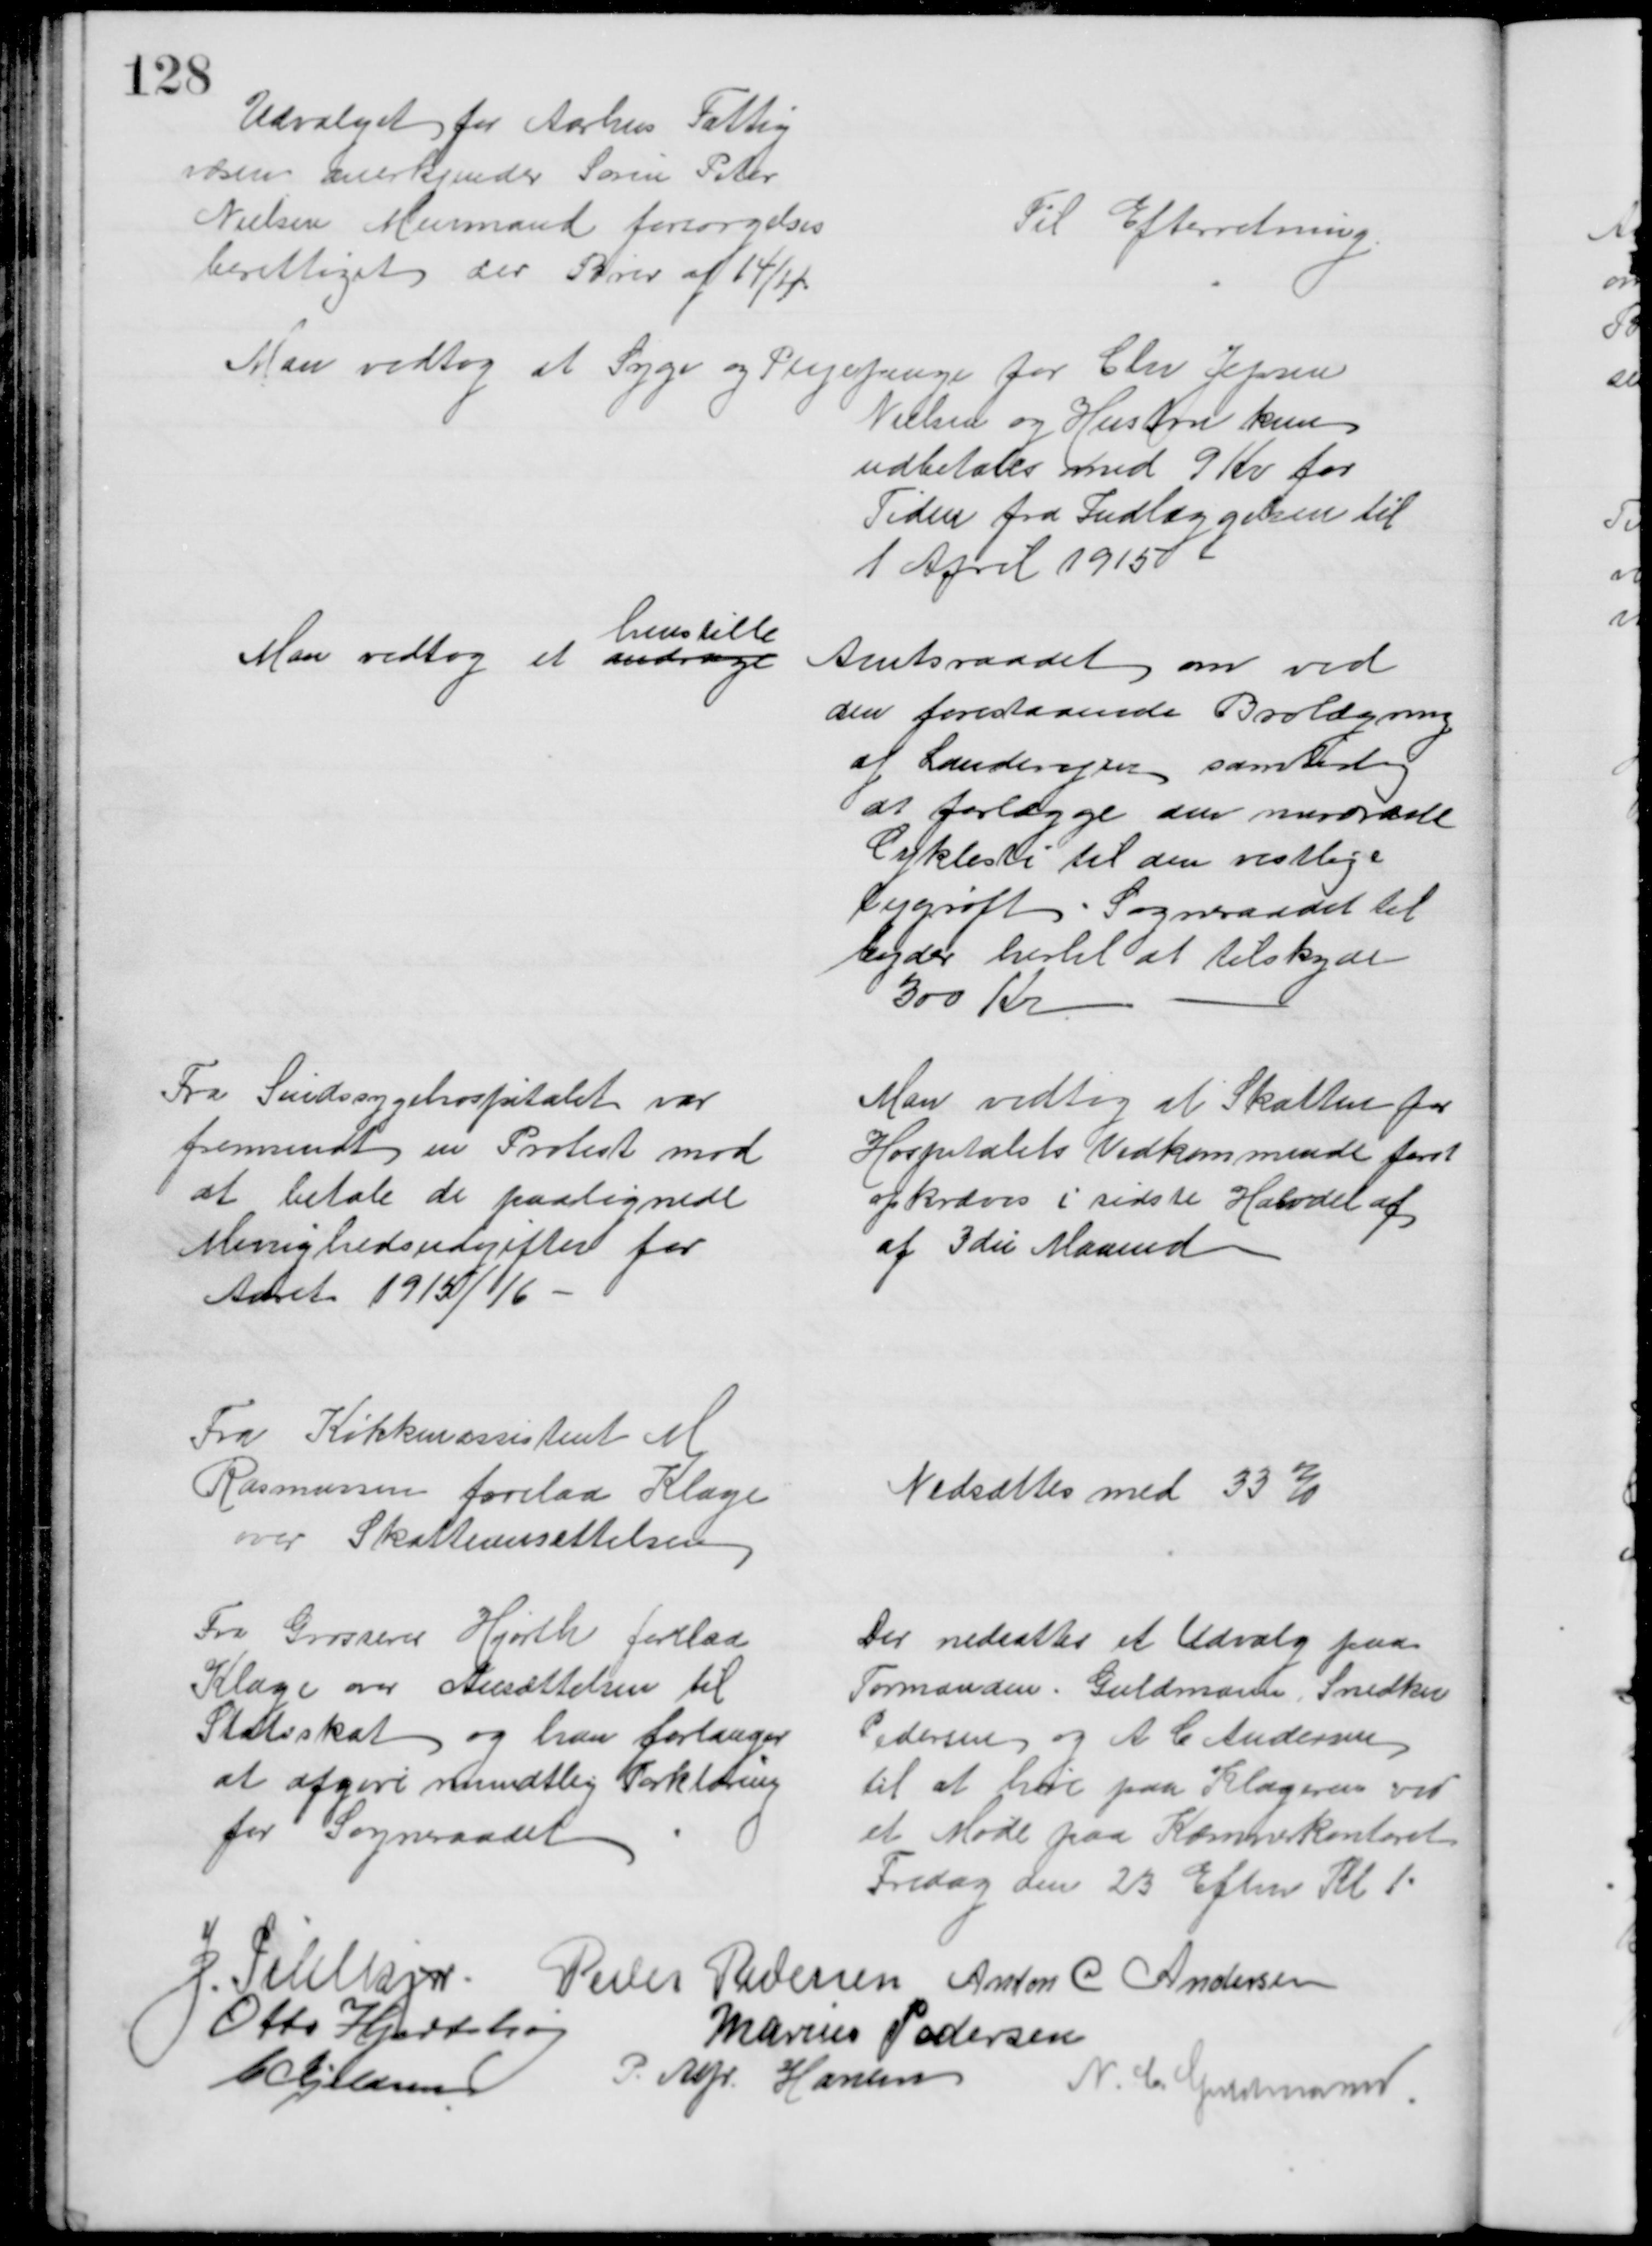
Transskription:
Udvalget for Aarhus Fattig
væsen anerkjender Søren Peter
Nielsen Murmand forsørgelses
berettiget der Brev af 14/4
Til Efterretning
Man vedtog at Syge og Plejepenge for Chr Jepsen
Nielsen og Hustru kun
udbetales med 9 Kr for 
Tiden fra Indlæggelsen til 
1 April 1915
Man vedtog at andrage
henstille
Amtsraadet om ved
den forestaaende Brolægning
af Landevejen samtidig
at forlægge den nuværende
Cyklesti til den vestlige
Vejgrøft. Sogneraadet til
byder hertil at tilskyde
300 Kr
Fra Sindssygehospitalet var
fremsendt en Protest mod
at betale de paalignede
Menighedsudgifter for
Aaret 1915/16
Man vedtog at Skatten for
Hospitalets Vedkommende først
opkræves i sidste Halvdel af 
af 3die Maaned
Fra Køkkenassistent M
Rasmussen forelaa Klage
over Skatteansættelsen
Nedsattes med 33 %
Fra Grosserer Hjorth forelaa
Klage over Ansættelsen til
Statsskat og han forlanger
at afgive mundtlig Forklaring
for Sogneraadet
Der nedsattes et Udvalg paa
Formanden. Guldmann, Snedker
Pedersen og A C Andersen
til at høre paa Klageren ved
et Møde paa Kæmnerkontoret
Fredag den 23 Eftm Kl 1
J. Pihlkjær
Peder Pedersen Anton C Andersen
Otto Hjortshøj
Marius Pedersen
C Kjeldsen
P. Alfr. Hansen
N. C. Guldmann